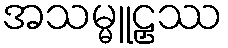
အသမ္မူဠှဿ